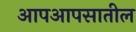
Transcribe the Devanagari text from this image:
आपआपसातील